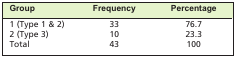
| Group | Frequency | Percentage |
 | --- | --- | --- |
 | 1 (Type 1 & 2) | 33 | 76.7 |
 | 2 (Type 3) | 10 | 23.3 |
 | Total | 43 | 100 |